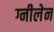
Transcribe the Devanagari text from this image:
ग्नीलेन